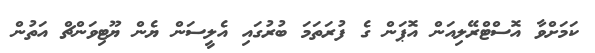
ކަމަށްވާ އޮސްޓްރޭލިއަން އޮޕަން ގެ ފުރަތަމަ ބުރުގައި އެލީސަން ޔެން ޔޫޓިވަންޗް އަތުން